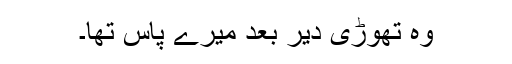
وہ تھوڑی دیر بعد میرے پاس تھا۔